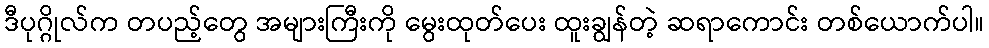
ဒီပုဂ္ဂိုလ်က တပည့်တွေ အများကြီးကို မွေးထုတ်ပေး ထူးချွန်တဲ့ ဆရာကောင်း တစ်ယောက်ပါ။